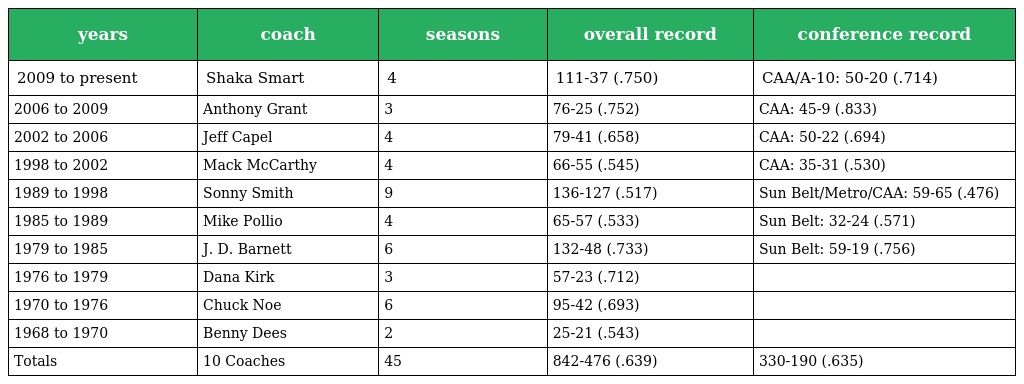
| years | coach | seasons | overall record | conference record |
 | --- | --- | --- | --- | --- |
 | 2009 to present | Shaka Smart | 4 | 111-37 (.750) | CAA/A-10: 50-20 (.714) |
 | 2006 to 2009 | Anthony Grant | 3 | 76-25 (.752) | CAA: 45-9 (.833) |
 | 2002 to 2006 | Jeff Capel | 4 | 79-41 (.658) | CAA: 50-22 (.694) |
 | 1998 to 2002 | Mack McCarthy | 4 | 66-55 (.545) | CAA: 35-31 (.530) |
 | 1989 to 1998 | Sonny Smith | 9 | 136-127 (.517) | Sun Belt/Metro/CAA: 59-65 (.476) |
 | 1985 to 1989 | Mike Pollio | 4 | 65-57 (.533) | Sun Belt: 32-24 (.571) |
 | 1979 to 1985 | J. D. Barnett | 6 | 132-48 (.733) | Sun Belt: 59-19 (.756) |
 | 1976 to 1979 | Dana Kirk | 3 | 57-23 (.712) |  |
 | 1970 to 1976 | Chuck Noe | 6 | 95-42 (.693) |  |
 | 1968 to 1970 | Benny Dees | 2 | 25-21 (.543) |  |
 | Totals | 10 Coaches | 45 | 842-476 (.639) | 330-190 (.635) |